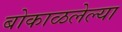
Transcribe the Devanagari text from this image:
बोकाळलेल्या